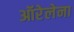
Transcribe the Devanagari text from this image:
ऑरेलेना